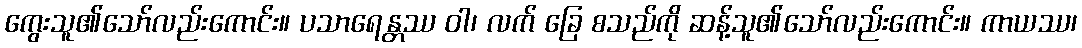
ကွေးသူ၏သော်လည်းကောင်း။ ပသာရေန္တဿ ဝါ၊ လက် ခြေ စသည်ကို ဆန့်သူ၏သော်လည်းကောင်း။ ကာယဿ၊